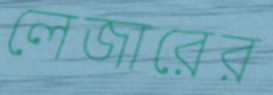
লেজারের